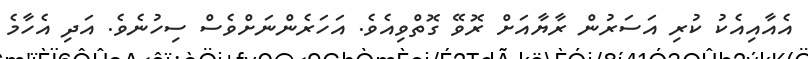
އެއާއިއެކު ކުރި އަސަރުން ރާޔާއަށް ރޮވޭ ގޮތްވިއެވެ. އަހަރެންނަށްވެސް ސިހުނެވެ. އަދި އެހާމެ